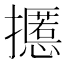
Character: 𰔸